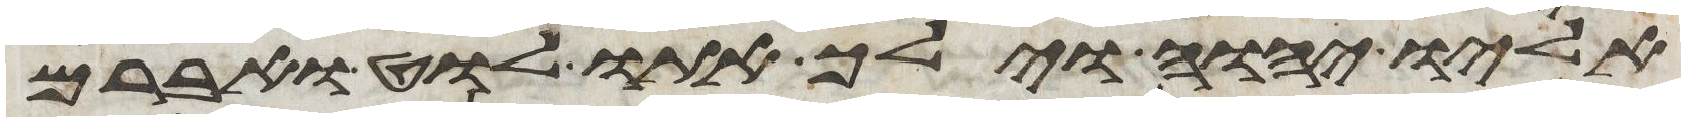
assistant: אליו יהוה וילך אתו לוט ואברם